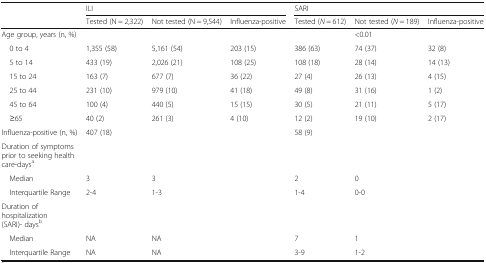
| <ROWSPAN=2>  | <COLSPAN=3> ILI | <COLSPAN=3> SARI |
 | Tested (N = 2,322) | Not tested (N = 9,544) | Influenza-positive | Tested (N = 612) | Not tested (N = 189) | Influenza-positive |
 | --- | --- | --- | --- | --- | --- | --- |
 | Age group, years (n, %) |  |  |  |  | <0.01 |  |
 | 0 to 4 | 1,355 (58) | 5,161 (54) | 203 (15) | 386 (63) | 74 (37) | 32 (8) |
 | 5 to 14 | 433 (19) | 2,026 (21) | 108 (25) | 108 (18) | 28 (14) | 14 (13) |
 | 15 to 24 | 163 (7) | 677 (7) | 36 (22) | 27 (4) | 26 (13) | 4 (15) |
 | 25 to 44 | 231 (10) | 979 (10) | 41 (18) | 49 (8) | 31 (16) | 1 (2) |
 | 45 to 64 | 100 (4) | 440 (5) | 15 (15) | 30 (5) | 21 (11) | 5 (17) |
 | ≥65 | 40 (2) | 261 (3) | 4 (10) | 12 (2) | 19 (10) | 2 (17) |
 | Influenza-positive (n, %) | 407 (18) |  |  | 58 (9) |  |  |
 | <COLSPAN=7> Duration of symptoms prior to seeking health care-daysa |
 | Median | 3 | 3 |  | 2 | 0 |  |
 | Interquartile Range | 2-4 | 1-3 |  | 1-4 | 0-0 |  |
 | <COLSPAN=7> Duration of hospitalization (SARI)- daysb |
 | Median | NA | NA |  | 7 | 1 |  |
 | Interquartile Range | NA | NA |  | 3-9 | 1-2 |  |